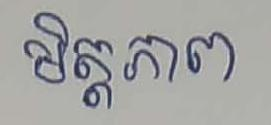
មិត្តភាព